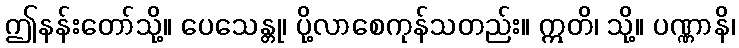
ဤနန်းတော်သို့။ ပေသေန္တု၊ ပို့လာစေကုန်သတည်း။ ဣတိ၊ သို့။ ပဏ္ဏာနိ၊